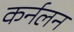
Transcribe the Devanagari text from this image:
कर्नलन